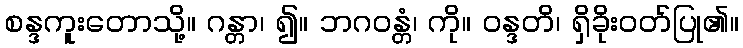
စန္ဒကူးတောသို့။ ဂန္တာ၊ ၍။ ဘဂဝန္တံ၊ ကို။ ဝန္ဒတိ၊ ရှိခိုးဝတ်ပြု၏။